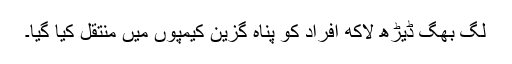
لگ بھگ ڈیڑھ لاکھ افراد کو پناہ گزین کیمپوں میں منتقل کیا گیا۔